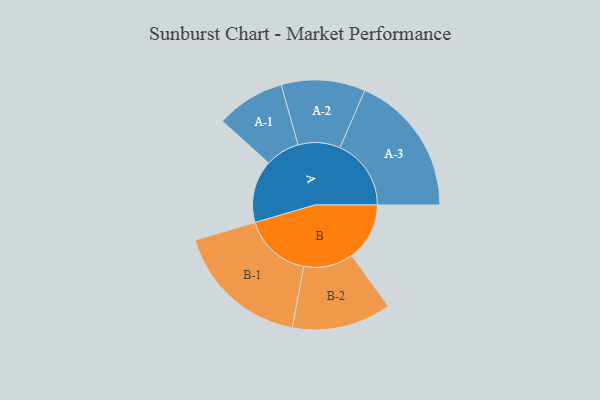
{"axis": {"x": "Segment", "y": "Value"}, "legend": ["", "A", "B"], "data": [{"x": "A", "y": 253, "type": ""}, {"x": "B", "y": 234, "type": ""}, {"x": "A-1", "y": 139, "type": "A"}, {"x": "A-2", "y": 170, "type": "A"}, {"x": "A-3", "y": 288, "type": "A"}, {"x": "B-1", "y": 274, "type": "B"}, {"x": "B-2", "y": 201, "type": "B"}]}